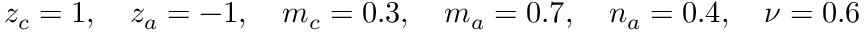
z _ { c } = 1 , \quad z _ { a } = - 1 , \quad m _ { c } = 0 . 3 , \quad m _ { a } = 0 . 7 , \quad n _ { a } = 0 . 4 , \quad \nu = 0 . 6